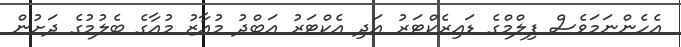
އެހެންނަމަވެސް ފިލްމްގެ ޑައިރެކްޓަރު އަދި އެކްޓަރު އަބްދު މުއާޒު މުއާގެ ބެލުމުގެ ދަށުން